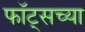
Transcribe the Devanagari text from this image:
फॉट्सच्या